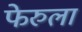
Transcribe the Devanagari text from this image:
फेरुला